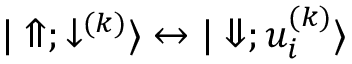
{ | \Uparrow ; \downarrow ^ { ( k ) } \rangle \leftrightarrow | \Downarrow ; u _ { i } ^ { ( k ) } \rangle }